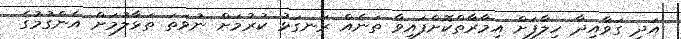
އަދި ގަވާއިދާ ހިލާފަށް އިމާރާތްކޮށްފައިވާ ތަނެއް ރަނގަޅު ކުރުމަށް ނުވަތަ ތަޅާލުމަށް އެންގުމުގެ